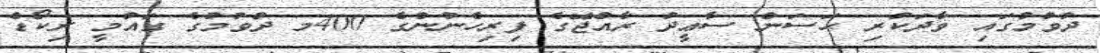
ދުވުމުގައި ވާދަކުރި ޙަސަން ސާޢީދު ރާއްޖޭގެ ފިރިހެނުންގެ 400މ ދުވުމުގެ ގައުމީ ރިކޯޑް